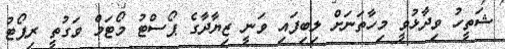
ޝަތީހު ވިދާޅުވީ މިހާތަނަށް ލިބިފައި ވަނީ ޒިޔާދާގެ ޕޯސްޓު މޯޓަމް ވަގުތީ ރިޕޯޓު